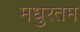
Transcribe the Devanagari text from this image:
मधुरतम